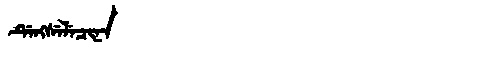
Manchu: ᡩᡝᠩᠰᡝᠯᡝᠴᡳᠨᠠ
Romanization: DENGSELECINA